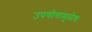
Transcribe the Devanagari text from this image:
उपयोगामुळेच